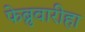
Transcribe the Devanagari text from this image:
फेब्रुवारीहा